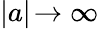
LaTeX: |a|\! \rightarrow\infty